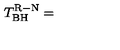
T _ { \mathrm { B H } } ^ { \mathrm { R - N } } =